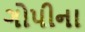
ગોપીના